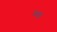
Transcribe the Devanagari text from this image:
श्ण